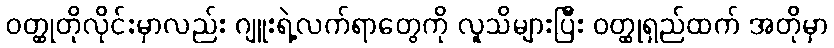
ဝတ္ထုတိုလိုင်းမှာလည်း ဂျူးရဲ့လက်ရာတွေကို လူသိများပြီး ဝတ္ထုရှည်ထက် အတိုမှာ